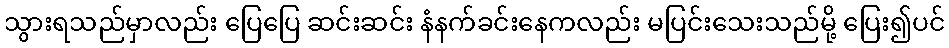
သွားရသည်မှာလည်း ပြေပြေ ဆင်းဆင်း နံနက်ခင်းနေကလည်း မပြင်းသေးသည်မို့ ပြေး၍ပင်